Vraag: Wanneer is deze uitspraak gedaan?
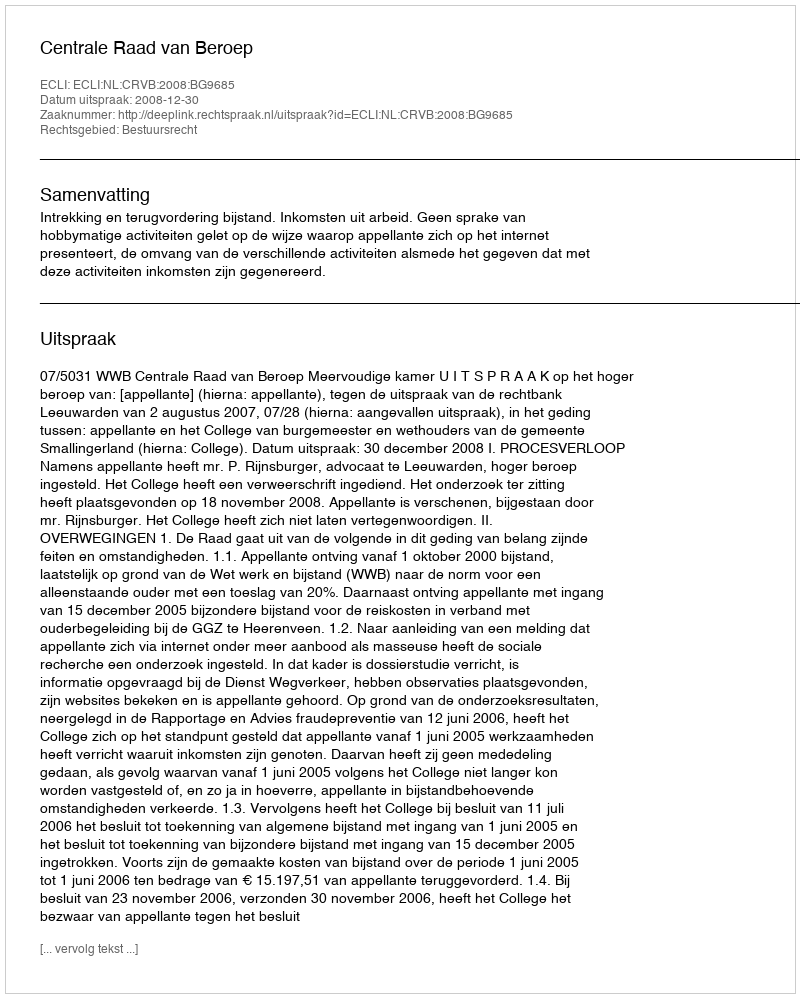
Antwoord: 2008-12-30